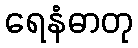
ရေနံဓာတု